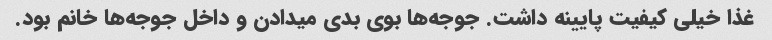
غذا خیلی کیفیت پایینه داشت. جوجه‌ها بوی بدی میدادن و داخل جوجه‌ها خانم بود.